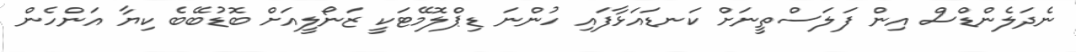
ނެދަލެންޑްސް އިން ފަލަސްތީނަށް ކަނޑައަޅާފައި ހުންނަ ޑިޕްލޮމޭޓަކީ ޒަނޯލީއަށް ބޮޑުބޭބެ ކިޔާ އަންހެން